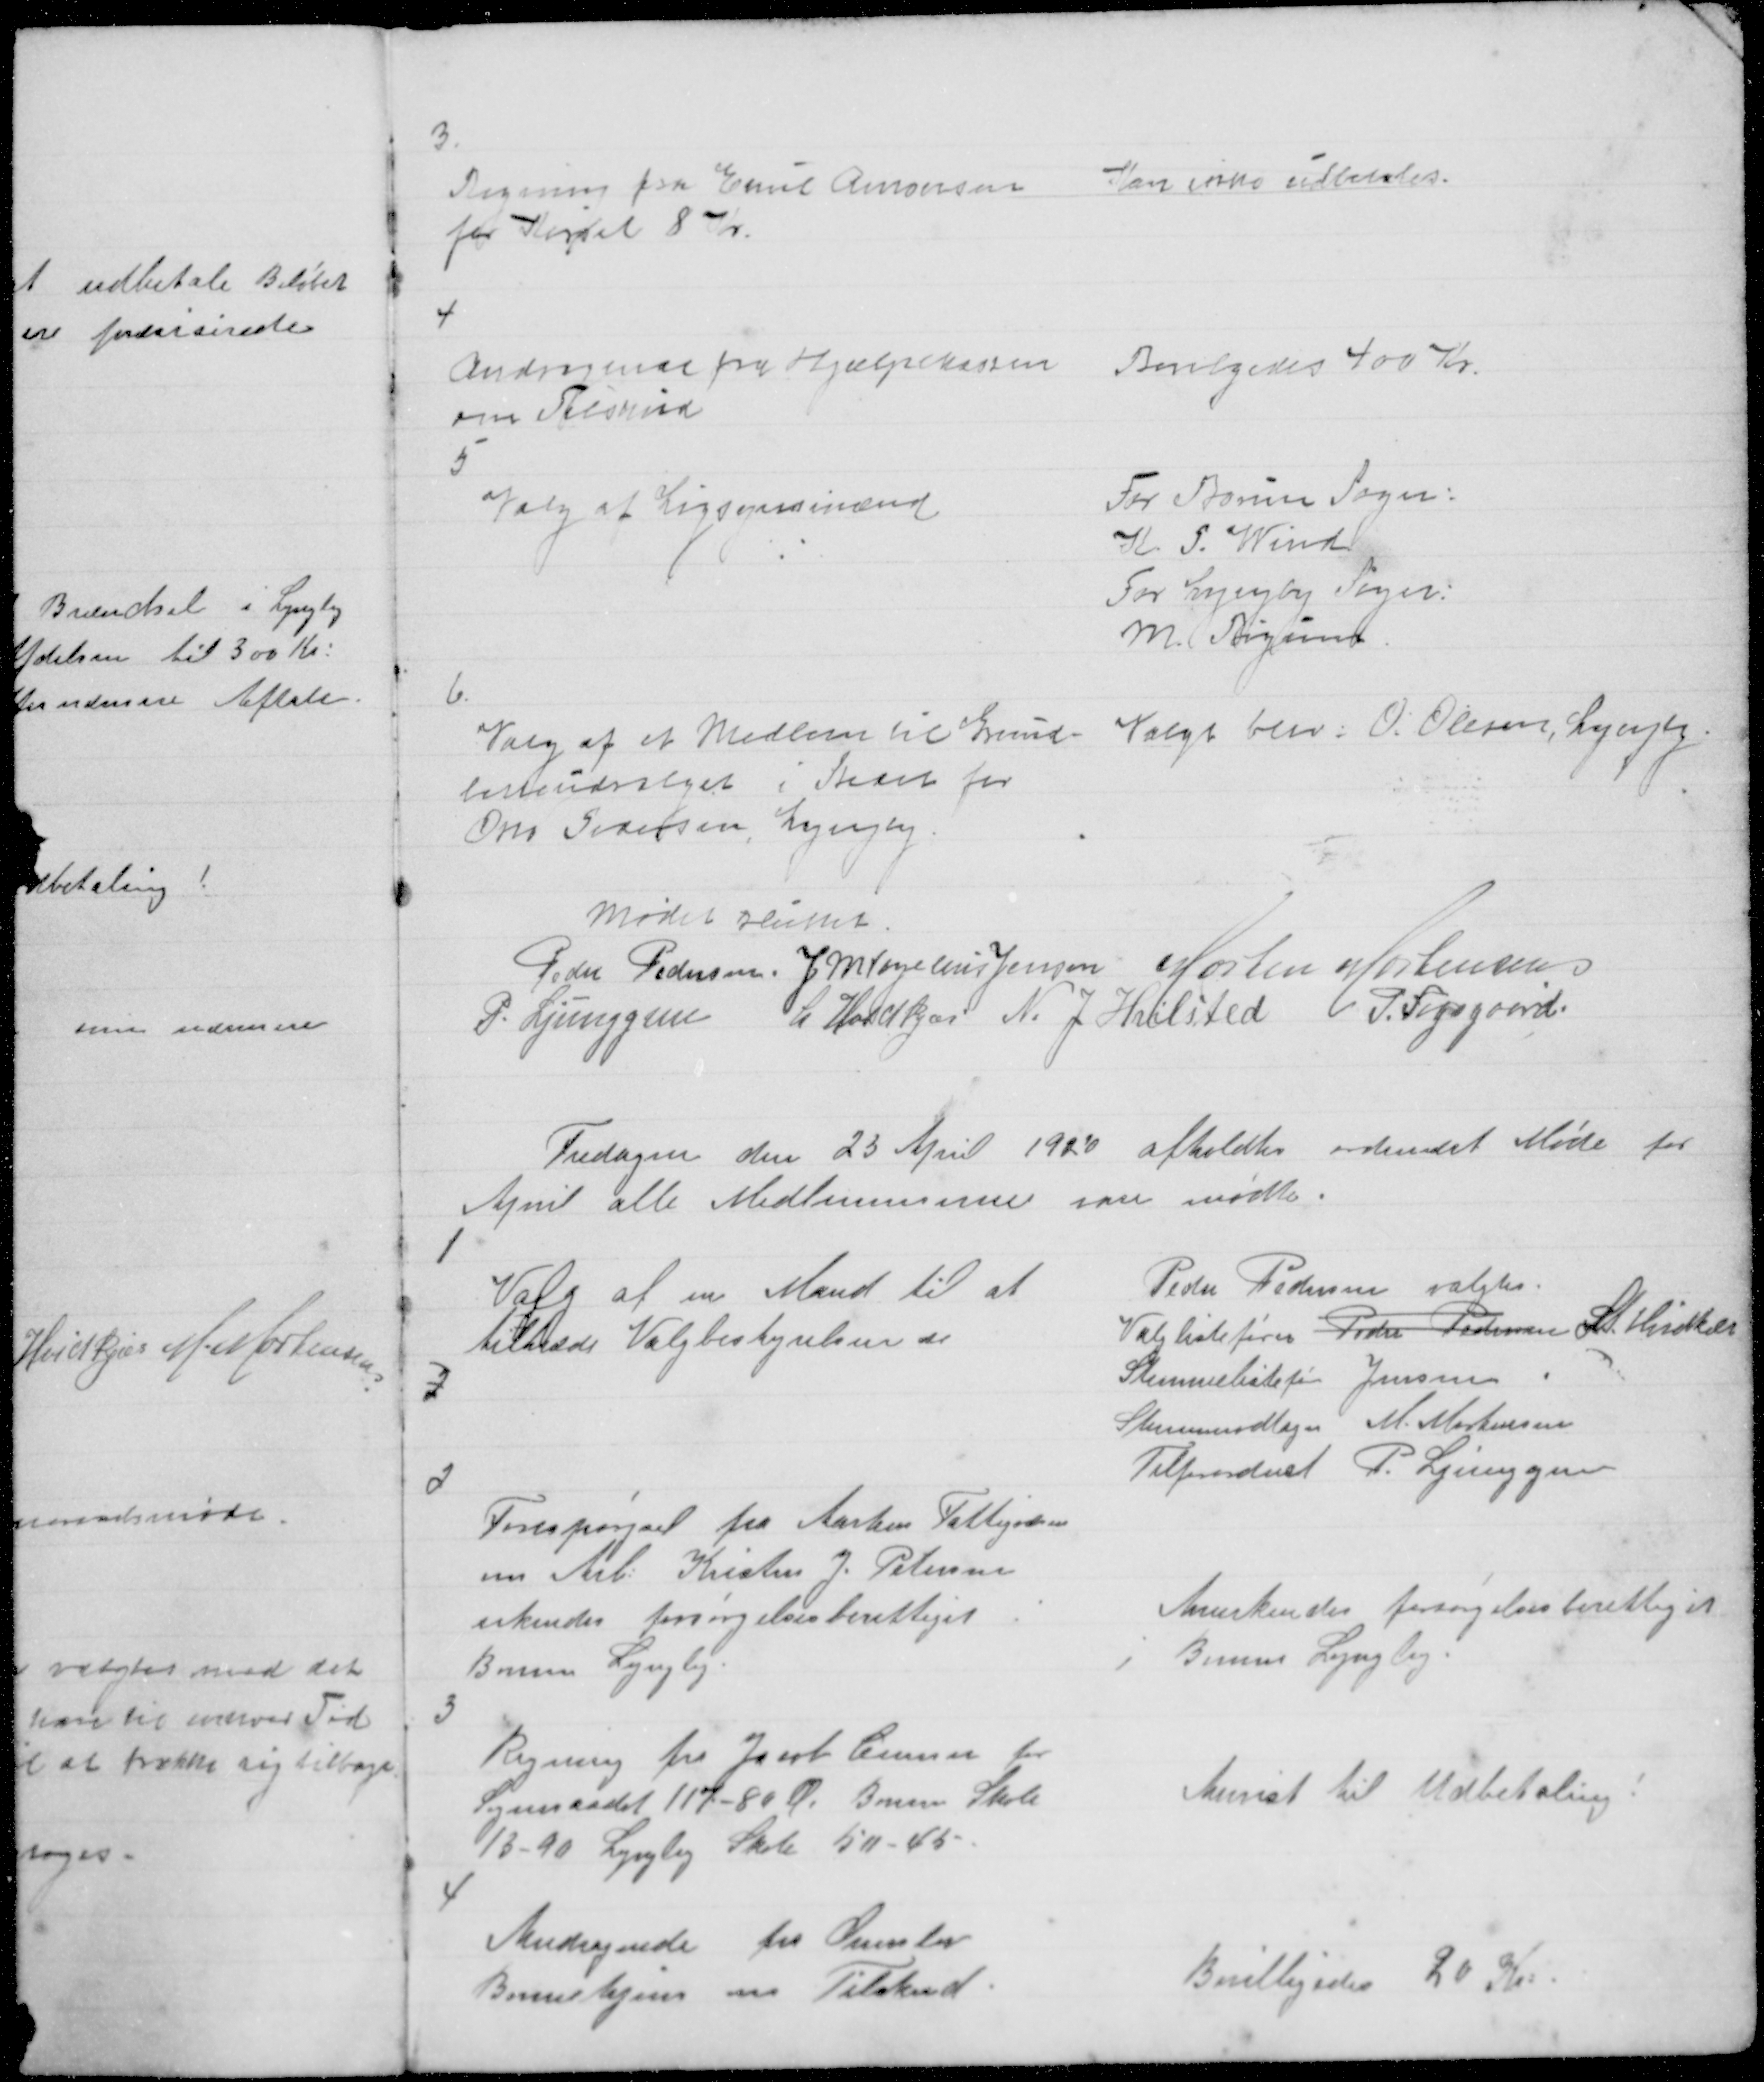
Transskription:
3.

Regning fra Emil Amonsen
for Kørsel 8 Kr

Kan ikke udbetales.

4

Andragende fra Hjælpekassen
om Tilskud

Bevilgedes 400 Kr.

5

Valg af Ligsynsmænd

For Borum Sogn:
K. P. Wind
For Lyngby Sogn:
M. Bigum

6.

Valg af et Medlem til Grund=
listeudvalget i Stedet for
Orla Pedersen, Lyngby

Valgt blev: O. Olesen, Lyngby.

Mødet sluttet
Peder Pedersen. J M Vogelius Jensen Morten Mortensen
P. Ljunggren
L Hvidkjær N. J. Hvilsted
P. Fogsgaard

Fredagen den 23 April 1920 afholdtes ordinært Møde for
April alle Medlemmerne vare mødte.

1

Valg af en Mand til at
tiltræde Valgbestyrelsen se

Peder Pedersen valgtes.
Valglistefører Peder Pedersen Lt. Hvidkær
Stemmelistefører Jensen
Stemmemodtager M. Mortensen
Tilforordnet P. Ljunggren

2

2

Forespørgsel fra Aarhus Fattigvæsen
om Arb: Kristen J. Petersen
erkendes forsørgelsesberettiget i
Borum Lyngby.

Anerkendes forsørgelsesberettiget
i Borum Lyngby.

3

Regning fra Jacob Ceuner for
Sogneraadet 117 - 80 Ø. Borum Skole
13 - 90 Lyngby Skole 50 - 45

Anvist til Udbetaling !

4

Andragende fra Ormslev
Børnehjem om Tilskud.

Bevilligedes 20 Kr: